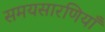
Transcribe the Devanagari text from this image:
समयसारणियाँ